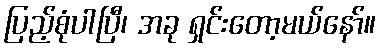
ပြည့်စုံပါပြီ၊ အခု ရှင်းတော့မယ်နော်။